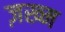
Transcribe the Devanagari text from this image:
ज़ख्‍म